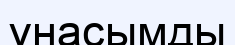
үнасымды